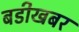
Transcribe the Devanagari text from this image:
बडीखबर